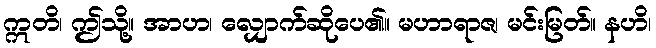
ဣတိ၊ ဤသို့။ အာဟ၊ လျှောက်ဆိုပေ၏။ မဟာရာဇ၊ မင်းမြတ်။ နဟိ၊